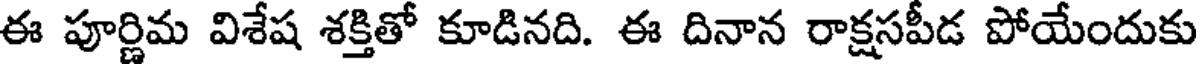
ఈ పూర్ణిమ విశేష శక్తితో కూడినది. ఈ దినాన రాక్షసపీడ పోయేందుకు